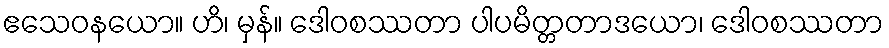
ဧသေဝနယော။ ဟိ၊ မှန်။ ဒေါဝစဿတာ ပါပမိတ္တတာဒယော၊ ဒေါဝစဿတာ